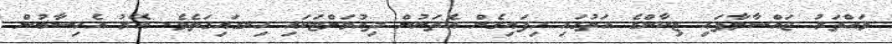
ވައްތަރު ޖައްސާލާފައި ޒިކާންގެ އަތުގައި ހިފައިގެން އެތަނުން ދިއުމަށްޓަކައި ހިނގައިގަތެވެ. އޭރު އެހިސާބުން